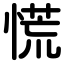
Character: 慌